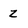
Character: Z